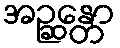
အဉ္ဆန္တော